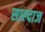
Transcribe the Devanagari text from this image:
साल्दाज